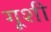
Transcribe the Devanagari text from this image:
गूशी